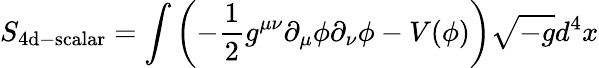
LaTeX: S_{\mathrm{4d-scalar}}=\int{\left(-{\frac{1}{2}}g^{\mu\nu}\partial_{\mu}\phi\partial_{\nu}\phi-V(\phi)\right)\sqrt{-g}d^{4}x}